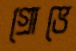
গ্রোভে